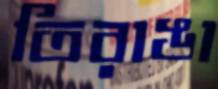
তিরাঙা